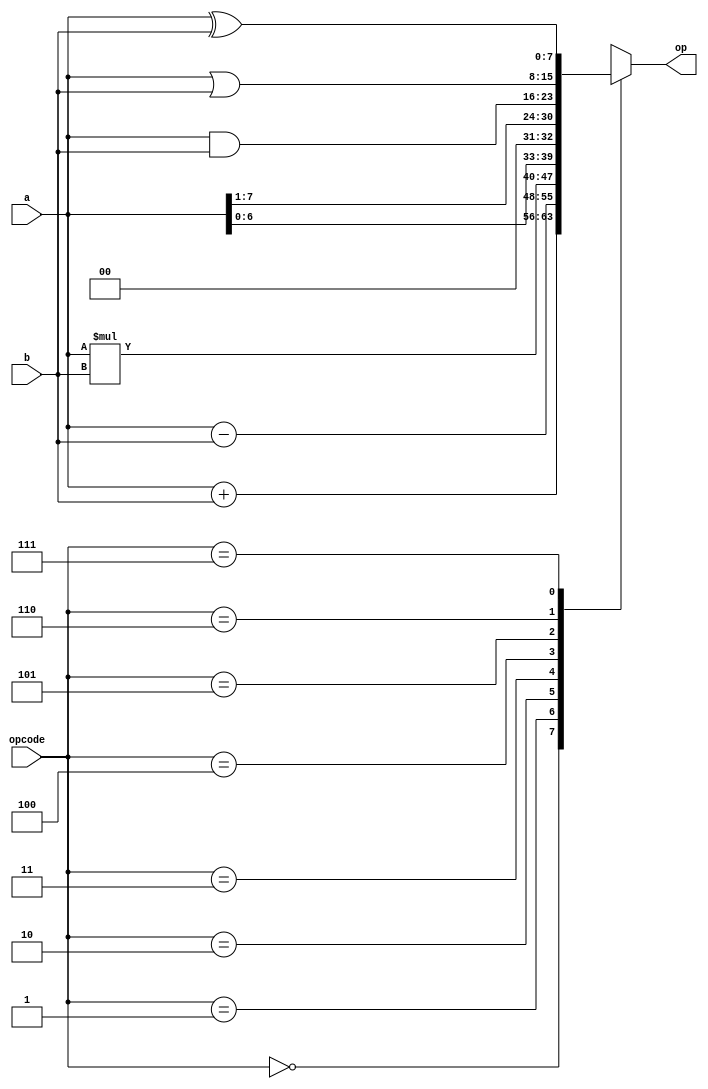
module ALU_8bit(
    input [7:0] a,
    input [7:0] b,
    
    input [2:0] opcode,
    output reg [7:0] op
    );
    always@(a,b,opcode)
    begin
    case(opcode)
    3'b000 : begin op=a+b;$display("addition");end
     3'b001 : begin op=a-b;$display("subtraction");end
      3'b010 : begin op=a*b;$display("multiplication");end
       3'b011 : begin op=a<<1;$display("left shift");end
        3'b100: begin op=a>>1;$display("right shift");end
         3'b101 : begin op=a&b;$display("logical AND");end
          3'b110 : begin op=a|b;$display("logical OR");end
           3'b111 : begin op=a^b;$display("logical XOR");end
           endcase
    end
endmodule